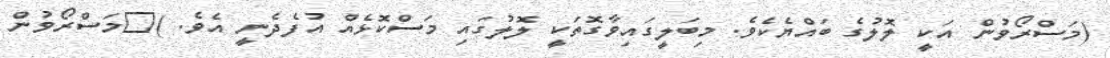
(މަސްރޯވުން އަކީ ލޮލުގެ ބައްޔެކެވެ. މިބަލީގައިވާގޮތަކީ ލޮލުގައި މަސްކޮޅެއް އުފެދެނީ އެވެ. )	މަސްރޯވުން